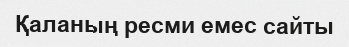
Қаланың ресми емес сайты